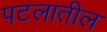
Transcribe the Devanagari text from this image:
पटलातील